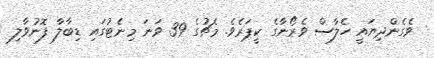
ވެގެންދިޔައީ ހެލާސް ވެރޯނާގެ ކީޕަރެވެ. މެޗުގެ 39 ވަނަ މިނެޓުގައި ޑިބާލާ ފޮނުވާލި